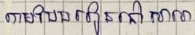
តាមបែបរៀននៅសាលា